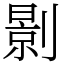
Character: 㔀